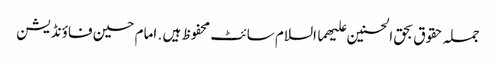
جملہ حقوق بحق الحسنین علیھما السلام سائٹ محفوظ ہیں . امام حسین فاؤنڈیشن